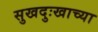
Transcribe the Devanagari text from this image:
सुखदुःखाच्या